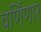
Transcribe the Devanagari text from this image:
वर्णिणार